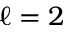
\ell = 2